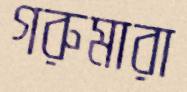
গরুমারা